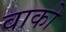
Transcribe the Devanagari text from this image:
वाको